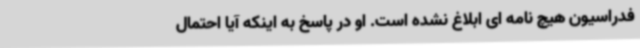
فدراسیون هیچ نامه ای ابلاغ نشده است. او در پاسخ به اینکه آیا احتمال